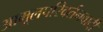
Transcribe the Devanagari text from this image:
आमूलपरिवर्तनवादी